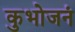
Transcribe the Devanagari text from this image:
कुभोजनं